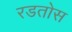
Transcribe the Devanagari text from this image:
रडतोस